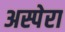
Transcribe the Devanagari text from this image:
अस्पेरा